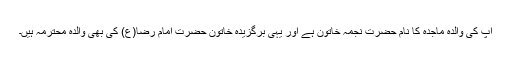
آپ کی والدہ ماجدہ کا نام حضرت نجمہ خاتون ہے اور یہی برگزیدہ خاتون حضرت امام رضا(ع) کی بھی والدہ محترمہ ہیں۔